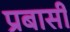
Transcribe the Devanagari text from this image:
प्रबासी